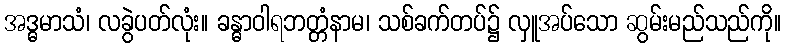
အဒ္ဓမာသံ၊ လခွဲပတ်လုံး။ ခန္ဓာဝါရဘတ္တံနာမ၊ သစ်ခက်တပ်၌ လှူအပ်သော ဆွမ်းမည်သည်ကို။